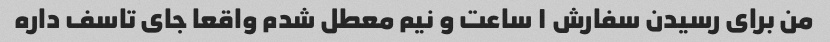
من برای رسیدن سفارش ۱ ساعت و نیم معطل شدم واقعا جای تاسف داره